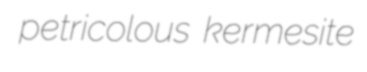
petricolous kermesite